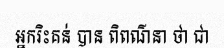
អ្នករិះគន់ បាន ពិពណ៌នា ថា ជា